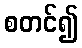
စတင်၍